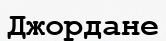
Джордане